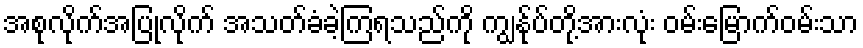
အစုလိုက်အပြုံလိုက် အသတ်ခံခဲ့ကြရသည်ကို ကျွန်ုပ်တို့အားလုံး ဝမ်းမြောက်ဝမ်းသာ